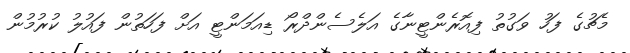
މެޗުގެ ފަހު ވަގުތު ފިއޮރެންޓީނާގެ އަލެސެންދްރޯ ޑިއަމަންޓީ އަށް ފަހަތުން ފައުލު ކުރުމުން